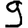
Digit: 9